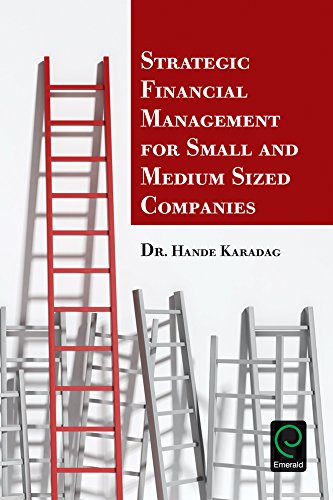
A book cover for Strategic Financial Management for Small and Medium Sized Companies; Hande Karadag; Business & Money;